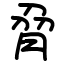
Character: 脋